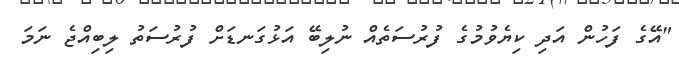
"އޭގެ ފަހުން އަދި ކިޔެވުމުގެ ފުރުސަތެއް ނުލިބޭ އަޅުގަނޑަށް ފުރުސަތު ލިބިއްޖެ ނަމަ